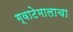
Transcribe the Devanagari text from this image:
ग्वाटेमालाचा